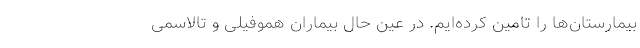
بیمارستان‌ها را تامین کرده‌ایم. در عین حال بیماران هموفیلی و تالاسمی